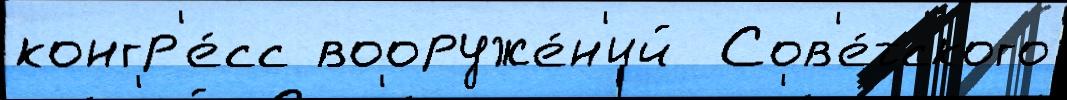
конгр'е́сс вооруже́н'ий  Сов'е́тского